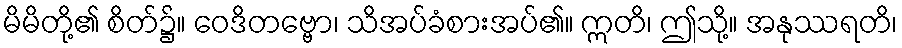
မိမိတို့၏ စိတ်၌။ ဝေဒိတဗ္ဗော၊ သိအပ်ခံစားအပ်၏။ ဣတိ၊ ဤသို့။ အနုဿရတိ၊